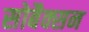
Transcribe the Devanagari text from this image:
सोबैक्सन